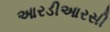
આરડીઆરસી